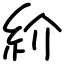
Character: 紒